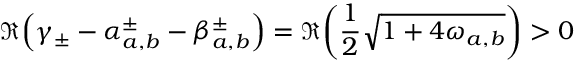
\Re { \left( \gamma _ { \pm } - \alpha _ { a , b } ^ { \pm } - \beta _ { a , b } ^ { \pm } \right) } = \Re { \left( \frac { 1 } { 2 } \sqrt { 1 + 4 \omega _ { a , b } } \right) } > 0